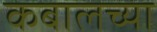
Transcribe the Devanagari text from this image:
कबालच्या